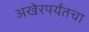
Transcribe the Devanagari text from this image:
अखेरपर्यंतचा